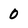
Character: 0